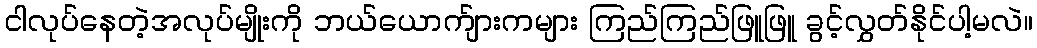
ငါလုပ်နေတဲ့အလုပ်မျိုးကို ဘယ်ယောက်ျားကများ ကြည်ကြည်ဖြူဖြူ ခွင့်လွှတ်နိုင်ပါ့မလဲ။